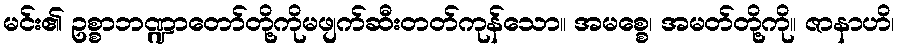
မင်း၏ ဥစ္စာဘဏ္ဍာတော်တို့ကိုမဖျက်ဆီးတတ်ကုန်သော။ အမစ္စေ၊ အမတ်တို့ကို။ ဇာနာဟိ၊